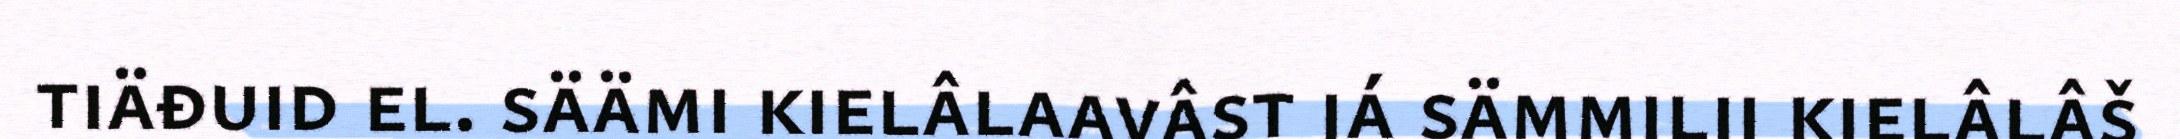
tiäđuid el. säämi kielâlaavâst já sämmilij kielâlâš